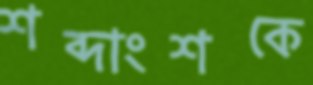
শব্দাংশকে